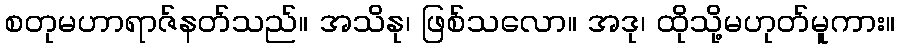
စတုမဟာရာဇ်နတ်သည်။ အသိနု၊ ဖြစ်သလော။ အဒု၊ ထိုသို့မဟုတ်မူကား။